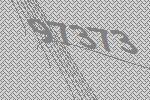
97373